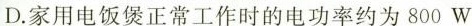
D.家用电饭煲正常工作时的电功率约为800W